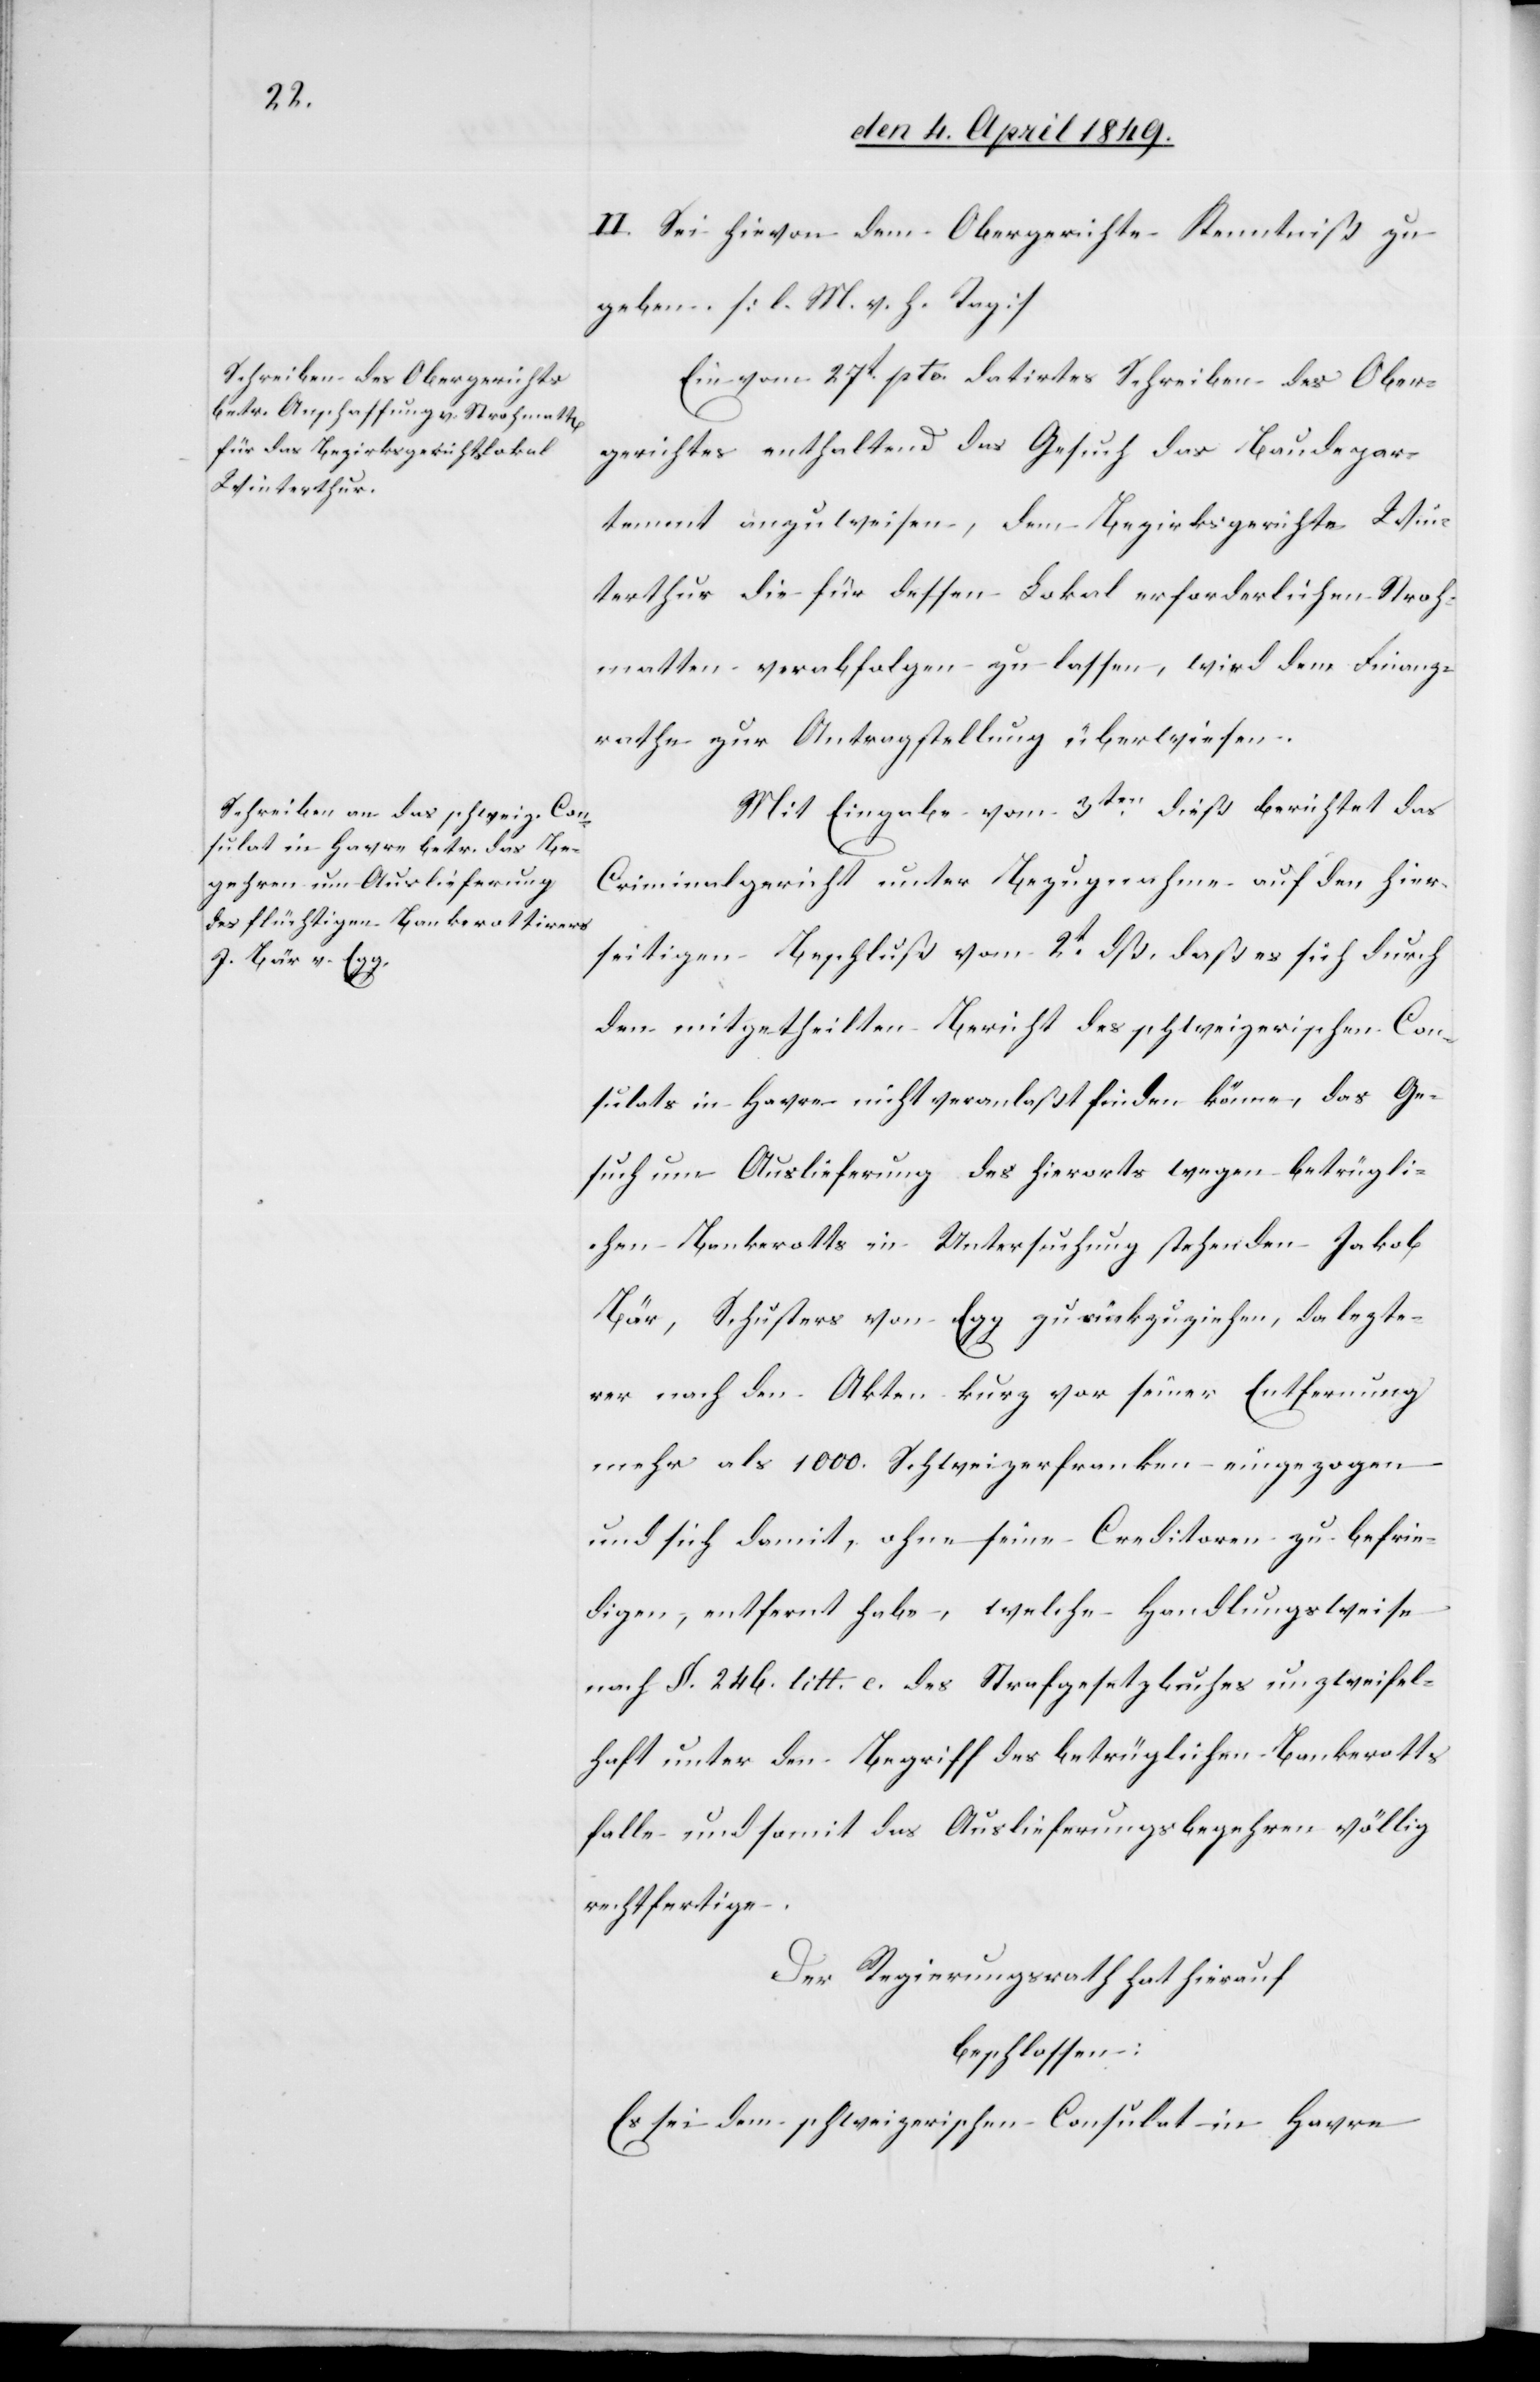
II. Sei hievon dem Obergerichte Kenntniß zu
geben [l. M. h. Tag][.]
Ein vom 27t pto. datirtes Schreiben des Ober¬
gerichtes enthaltend das Gesuch das Baudepar¬
tement anzuweisen, dem Bezirksgerichte Win¬
terthur die für dessen Lokal erforderlichen Stroh¬
matten verabfolgen zu lassen, wird dem Finanz¬
rathe zur Antragstellung überwiesen.
Mit Eingabe vom 3ten dieß berichtet das
Criminalgericht unter Bezugnahme auf den hier¬
seitigen Beschluß vom 2t dß. daß es sich durch
den mitgetheilten Bericht des schweizerischen Con¬
sulats in Havre nicht veranlaßt finden könne, das Ge¬
such um Auslieferung des hierorts wegen betrügli¬
chen Bankerotts in Untersuchung stehenden Jakob
Bär, Schusters von Egg zurükzuziehen, da letzte¬
rer nach den Akten kurz vor seiner Entfernung
mehr als 1000. Schweizerfranken eingezogen
und sich damit, ohne seine Creditoren zu befrie¬
digen, entfernt habe, welche Handlungsweise
nach §. 246. litt. c. des Strafgesetzbuches unzweifel¬
haft unter den Begriff des betrüglichen Bankerotts
falle und somit das Auslieferungsbegehren völlig
rechtfertige.
Der Regierungsrath hat hierauf
beschlossen:
Es sei dem schweizerischen Consulat in Havre